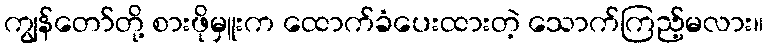
ကျွန်တော်တို့ စားဖိုမှူးက ထောက်ခံပေးထားတဲ့ သောက်ကြည့်မလား။